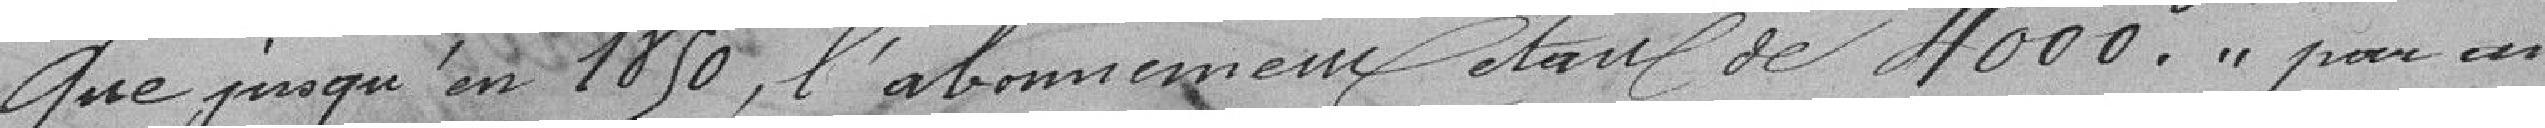
Que jusqu'en 1850, l'abonnement était de 4000 francs par an